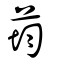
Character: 荺